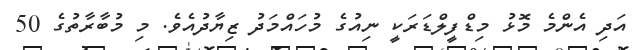
އަދި އެންމެ މޮޅު މިޑްފީލްޑަރަކީ ނިއުގެ މުހައްމަދު ޒިޔާދުއެވެ. މި މުބާރާތުގެ 50